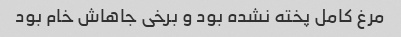
مرغ کامل پخته نشده بود و برخی جاهاش خام بود